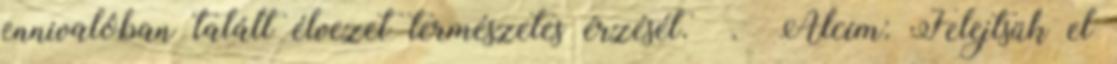
ennivalóban talált élvezet természetes érzését. . Alcím: Felejtsük el